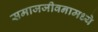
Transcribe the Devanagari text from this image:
समाजजीवनामध्ये